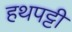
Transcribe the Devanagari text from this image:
हथपट्टी